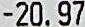
-20.97